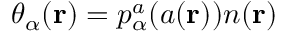
\theta _ { \alpha } ( \mathbf { r } ) = p _ { \alpha } ^ { a } ( a ( \mathbf { r } ) ) n ( \mathbf { r } )